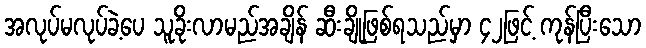
အလုပ်မလုပ်ခဲ့ပေ သူခိုးလာမည်အချိန် ဆီးချိုဖြစ်ရသည်မှာ ၄၂ဖြင့် ကုန်ပြီးသော